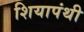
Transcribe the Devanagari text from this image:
शियापंथी